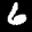
Label: 6